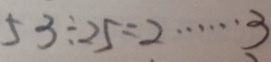
5 3 \div 2 5 = 2 \cdots 3